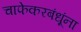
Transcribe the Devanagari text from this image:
चाफेकरबंधूंना